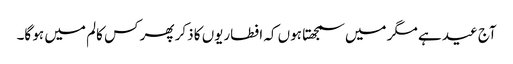
آج عید ہے مگر میں سمجھتا ہوں کہ افطاریوں کا ذکر پھر کس کالم میں ہو گا۔